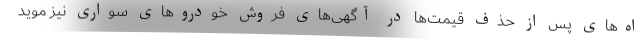
اه‌های پس از حذف قیمت‌ها در آگهی‌های فروش خودروهای سواری نیز موید